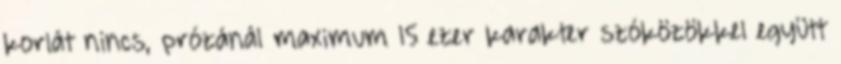
korlát nincs, prózánál maximum 15 ezer karakter szóközökkel együtt